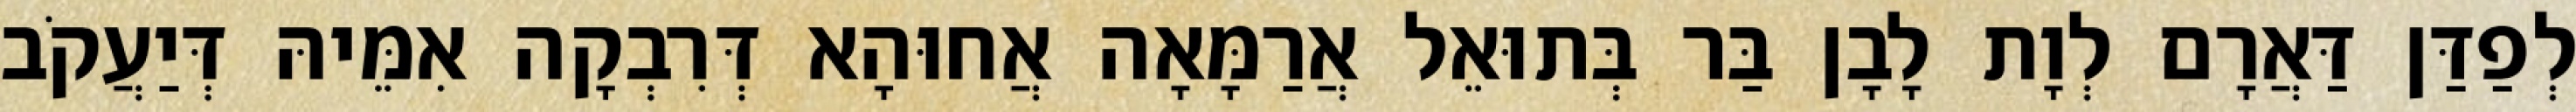
לְפַדַּן דַּאֲרָם לְוָת לָבָן בַּר בְּתוּאֵל אֲרַמָּאָה אֲחוּהָא דְּרִבְקָה אִמֵּיהּ דְּיַעֲקֹב